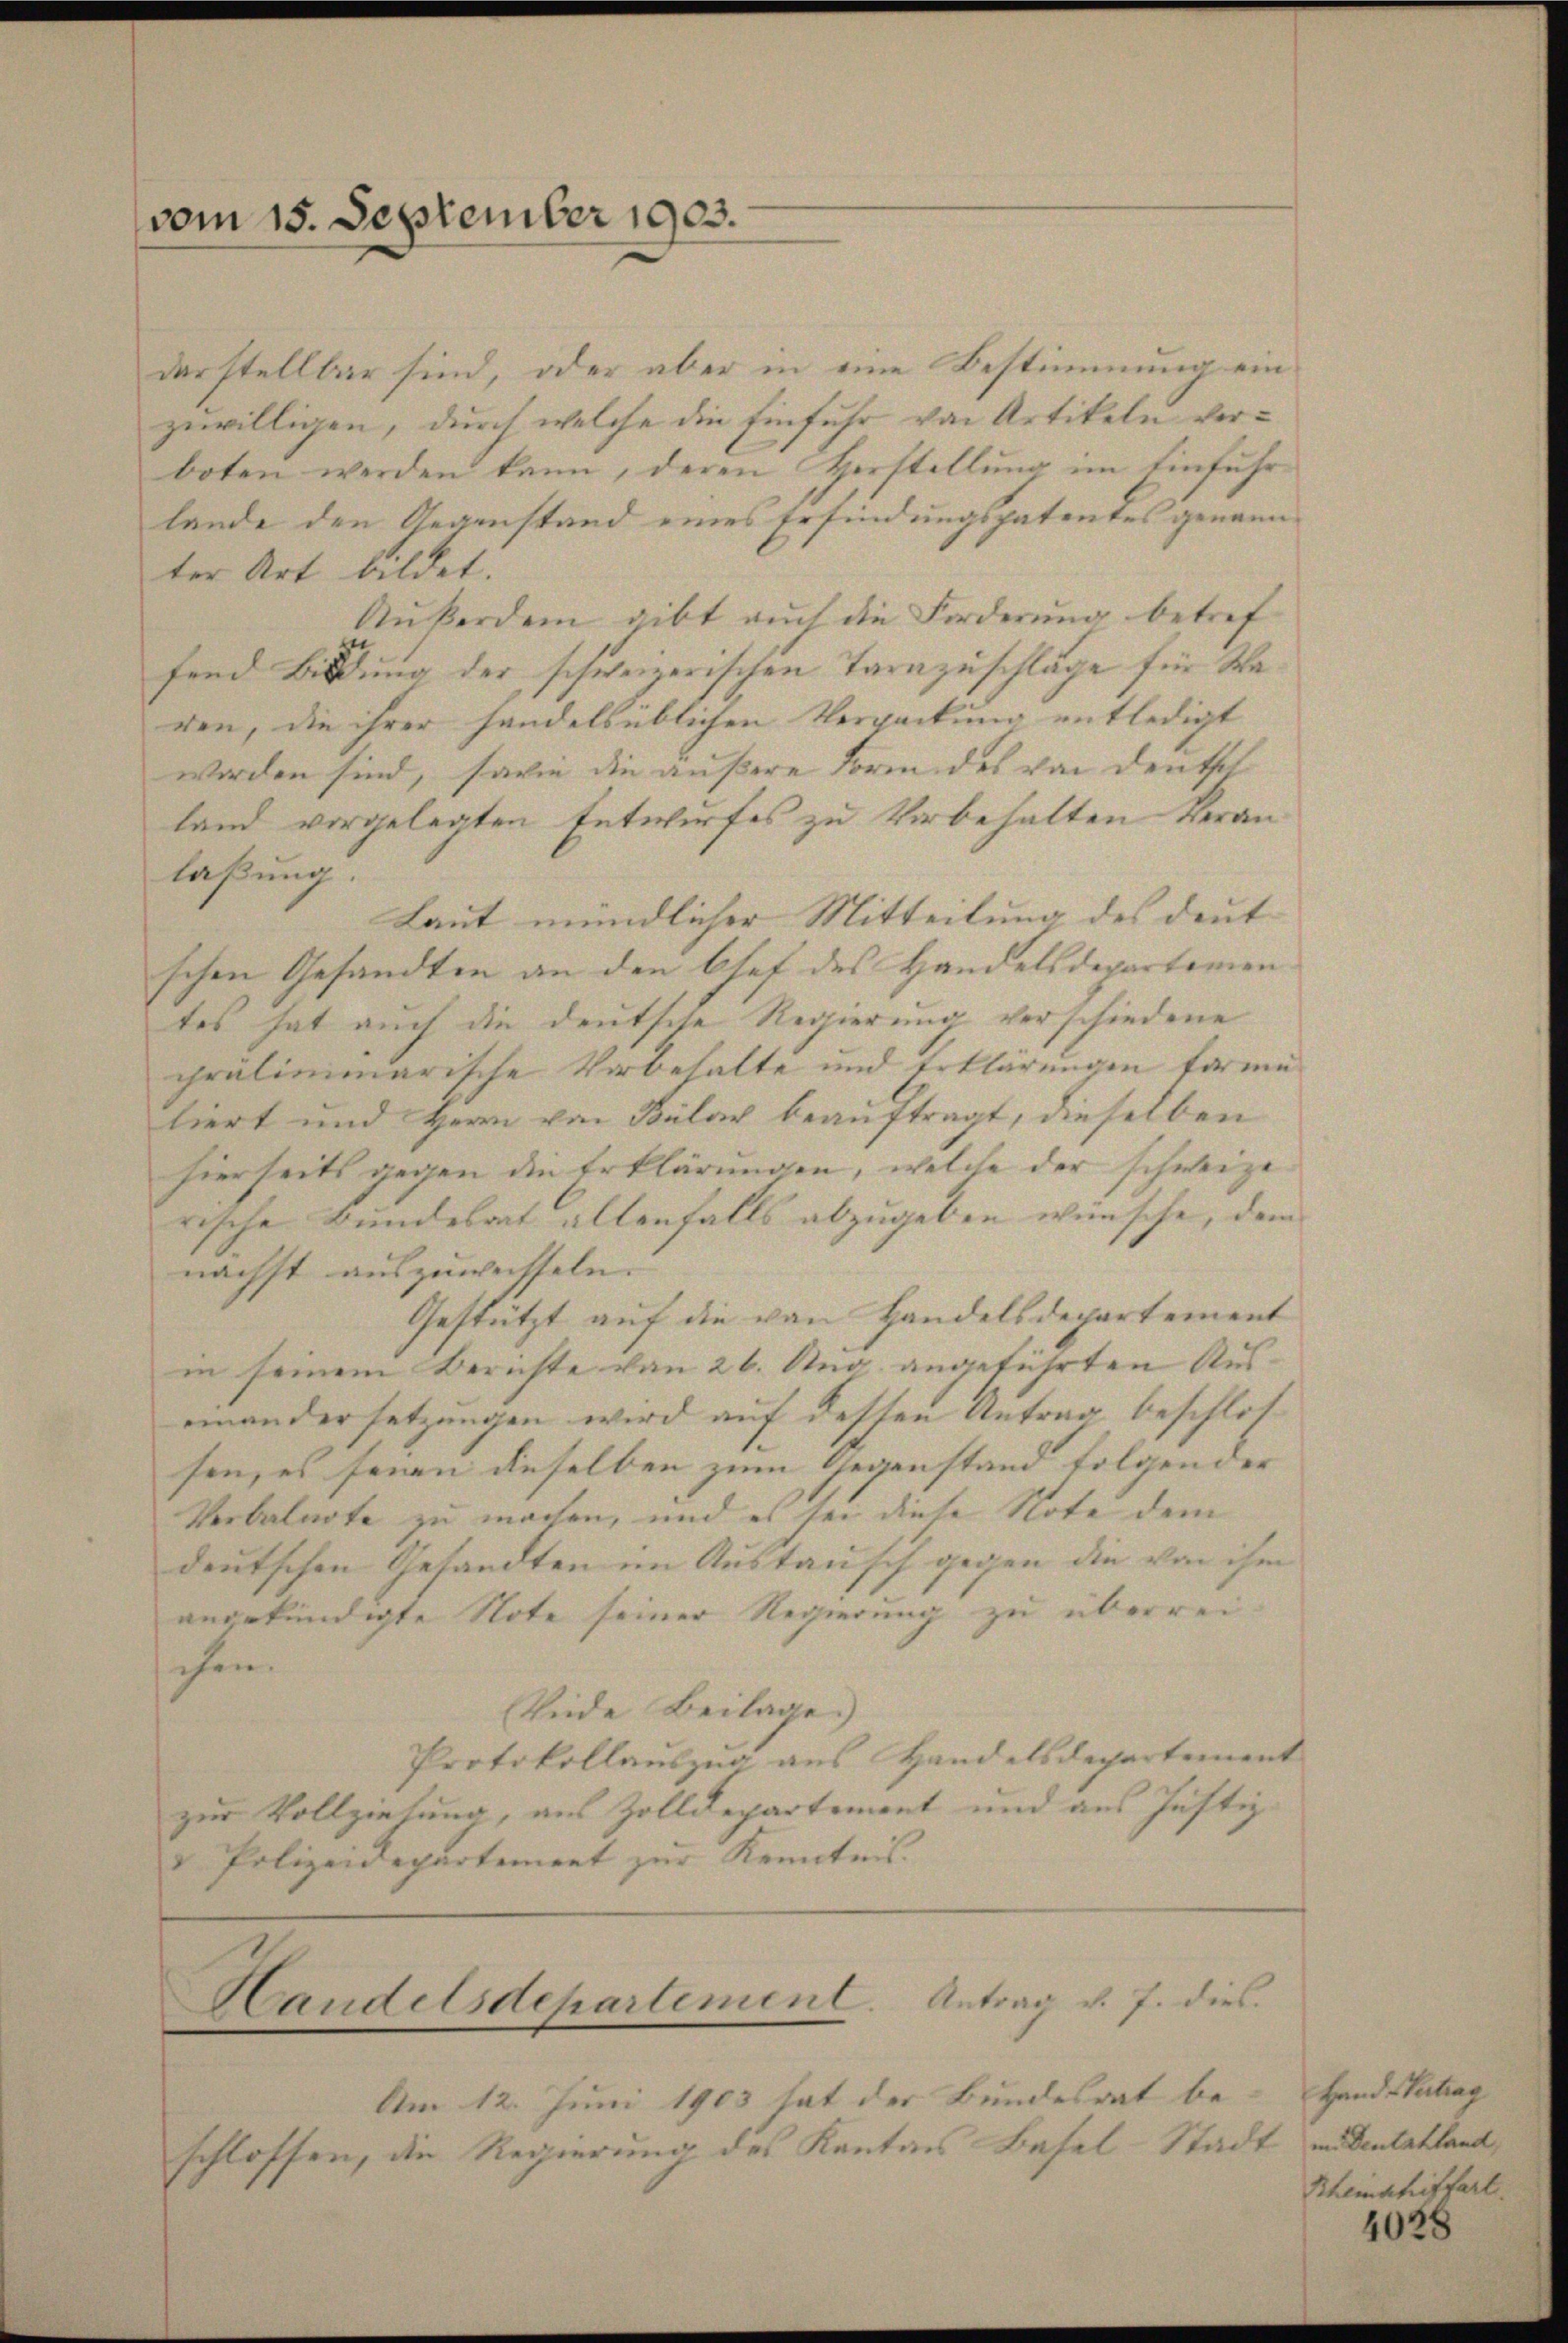
vom 15. September 1903.

darstellbar sind, oder aber in eine Bestimmung ein
zuwilligen, durch welche die Einfuhr von Artikeln verboten werden kann, deren Herstellung im Einfuhrlande den Gegenstand eines Erfindungspatentes genann
ter Art bildet.
Außerdem gibt auch die Forderung betref
fend Bildung der schweizerischen Tarazuschläge für Waren, die ihrer handelsüblichen Verpackung entledigt
worden sind, sowie die äußere Form des von deutsch
land vorgelegten Entwurfes zu Vorbehalten Veran
laßung.
Laut mündlicher Mitteilung des deut
schen Gesandten an den Chef des Handelsdepartemen
tes hat auch die deutsche Regierung verschiedene
präliminarische Vorbehalte und Erklärungen forme
liert und Herr von Bular beauftragt, dieselben
hierseits gegen die Erklärungen, welche der schweize
rische Bundesrat allenfalls abzugeben wünsche, dem
nächst auszuweisseln. |
Gestützt auf die von Handelsdepartement
in seinem Berichte von 26. Aug. angeführten Auseinandersetzungen wird auf desten Antrag beschlos
sen, es seien dieselben zum Gegenstand folgen der
Verbalnote zu machen, und es sei diese Note dem
deutschen Gesandten im Austausch gegen die von ihm
angekündigte Note seiner Regierung zu überreichen.
Rede Beilage.)
Protokollauszug aus Handelsdepartement
zur Vollziehung, aus Zolldepartement und aus Justiz-
 Polizeidepartement zur Kenntnis.

Handelsdepartement. Antrag v. J. dies

Am 12. Juni 1903 hat der Bundesrat be-
schlossen, die Regierung des Kantons Basel-Stad

Hand Vertrag
dt in Dentatland,
Rheinschiffart.

4028